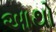
આથો